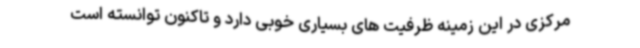
مرکزی در این زمینه ظرفیت های بسیاری خوبی دارد و تاکنون توانسته است